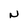
Character: N